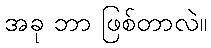
အခု ဘာ ဖြစ်တာလဲ။